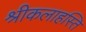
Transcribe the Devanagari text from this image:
श्रीकलाहस्ति